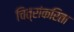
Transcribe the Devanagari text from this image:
चित्रांकरिता